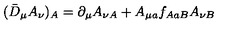
( \bar { D } _ { \mu } A _ { \nu } ) _ { A } = \partial _ { \mu } A _ { \nu A } + A _ { \mu a } f _ { A a B } A _ { \nu B }